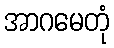
အာဂမေတုံ